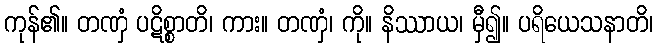
ကုန်၏။ တဏှံ ပဋိစ္စာတိ၊ ကား။ တဏှံ၊ ကို။ နိဿာယ၊ မှီ၍။ ပရိယေသနာတိ၊